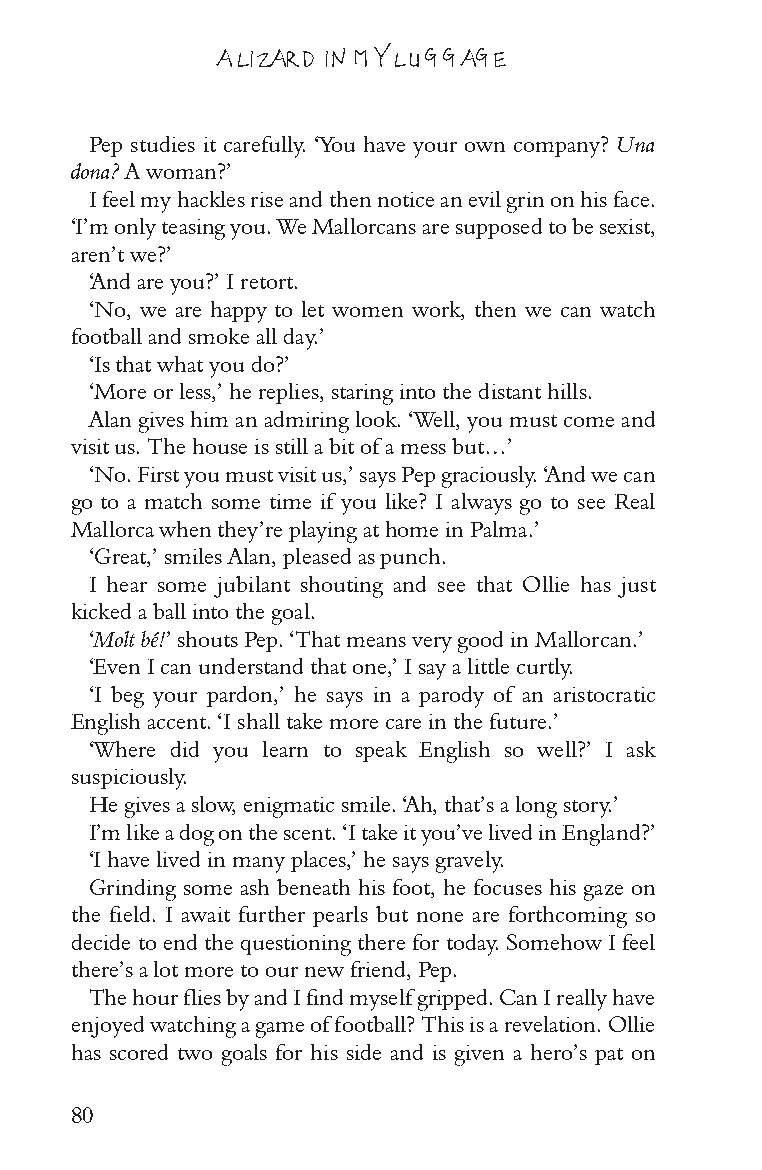
A LIZARD IN MY LUGGAGE
 Pep studies it carefully. ‘You have your own company? Una
 dona? A woman?’
 I feel my hackles rise and then notice an evil grin on his face.
 ‘I’m only teasing you. We Mallorcans are supposed to be sexist,
 aren’t we?’
 ‘And are you?’ I retort.
 ‘No, we are happy to let women work, then we can watch
 football and smoke all day.’
 ‘Is that what you do?’
 ‘More or less,’ he replies, staring into the distant hills.
 Alan gives him an admiring look. ‘Well, you must come and
 visit us. The house is still a bit of a mess but…’
 ‘No. First you must visit us,’ says Pep graciously. ‘And we can
 go to a match some time if you like? I always go to see Real
 Mallorca when they’re playing at home in Palma.’
 ‘Great,’ smiles Alan, pleased as punch.
 I hear some jubilant shouting and see that Ollie has just
 kicked a ball into the goal.
 ‘Molt bé!’ shouts Pep. ‘That means very good in Mallorcan.’
 ‘Even I can understand that one,’ I say a little curtly.
 ‘I beg your pardon,’ he says in a parody of an aristocratic
 English accent. ‘I shall take more care in the future.’
 ‘Where did you learn to speak English so well?’ I ask
 suspiciously.
 He gives a slow, enigmatic smile. ‘Ah, that’s a long story.’
 I’m like a dog on the scent. ‘I take it you’ve lived in England?’
 ‘I have lived in many places,’ he says gravely.
 Grinding some ash beneath his foot, he focuses his gaze on
 the field. I await further pearls but none are forthcoming so
 decide to end the questioning there for today. Somehow I feel
 there’s a lot more to our new friend, Pep.
 The hour flies by and I find myself gripped. Can I really have
 enjoyed watching a game of football? This is a revelation. Ollie
 has scored two goals for his side and is given a hero’s pat on
 80